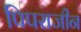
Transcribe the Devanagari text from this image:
पिपराजीन